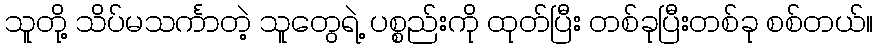
သူတို့ သိပ်မသင်္ကာတဲ့ သူတွေရဲ့ ပစ္စည်းကို ထုတ်ပြီး တစ်ခုပြီးတစ်ခု စစ်တယ်။